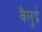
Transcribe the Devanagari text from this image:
वैलुई